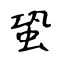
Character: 蛩